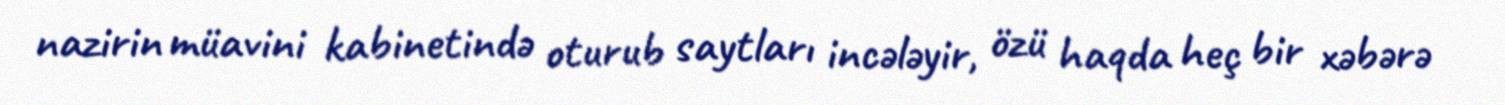
nazirin müavini kabinetində oturub saytları incələyir, özü haqda heç bir xəbərə